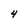
Character: 4